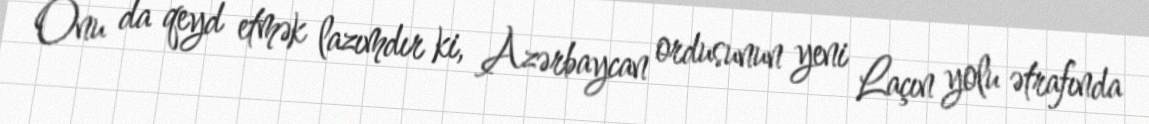
Onu da qeyd etmək lazımdır ki, Azərbaycan ordusunun yeni Laçın yolu ətrafında